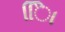
િિા